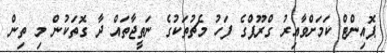
ޕޮއިންޓް ކަމަށްވާއިރު ގްރޫޕްގެ ފަހު މެޗުތަކުގެ ނަތީޖާތައް ދާ ގޮތަކުން މި ތިން